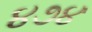
૪૭૪